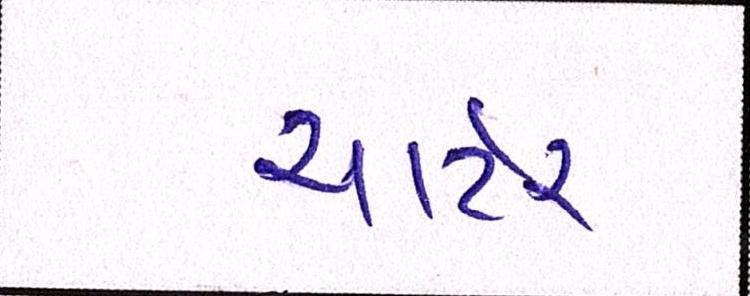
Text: ચાર્ટર